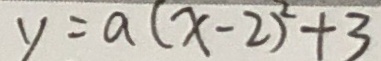
y = a ( x - 2 ) ^ { 2 } + 3